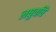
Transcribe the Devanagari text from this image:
लघुवधि